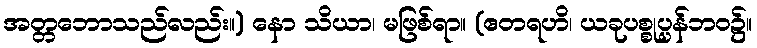
အတ္တဘောသည်လည်း။) နော သိယာ၊ မဖြစ်ရာ။ (ဧတရဟိ၊ ယခုပစ္စုပ္ပန်ဘဝ၌။